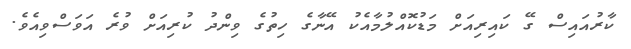
ކާރުއައިސް ގޭ ކައިރިއަށް މަޑުކޮއްލުމާއެކު އޭނާގެ ހިތުގެ ވިންދު ކުރިއަށް ވުރެ އަވަސްވިއެވެ.